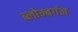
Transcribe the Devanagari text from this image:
ब्लोम्बर्गन